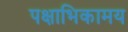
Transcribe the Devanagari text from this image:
पक्षाभिकामय